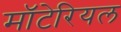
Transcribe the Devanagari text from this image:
मॉटेरियल